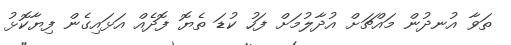
ތަވާ އުނދުން މައްޗަށް އުދާލުމަށް ފަހު ކުޑަ ތެޔޮ ފޮދެއް އަޅައިގެން ފިޔާކޮޅު